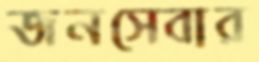
জনসেবার